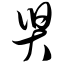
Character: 舁